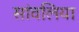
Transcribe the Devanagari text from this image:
सांवलिया